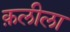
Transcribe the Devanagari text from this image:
क़लीला